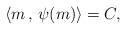
LaTeX: \begin{align*} \langle m\,,\,\psi(m)\rangle= C, \end{align*}